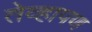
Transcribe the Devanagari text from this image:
तेव्हापण